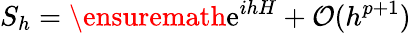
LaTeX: S_{h}=\ensuremath{\mathrm{e}}^{ihH}+\mathcal{O}(h^{p+1})